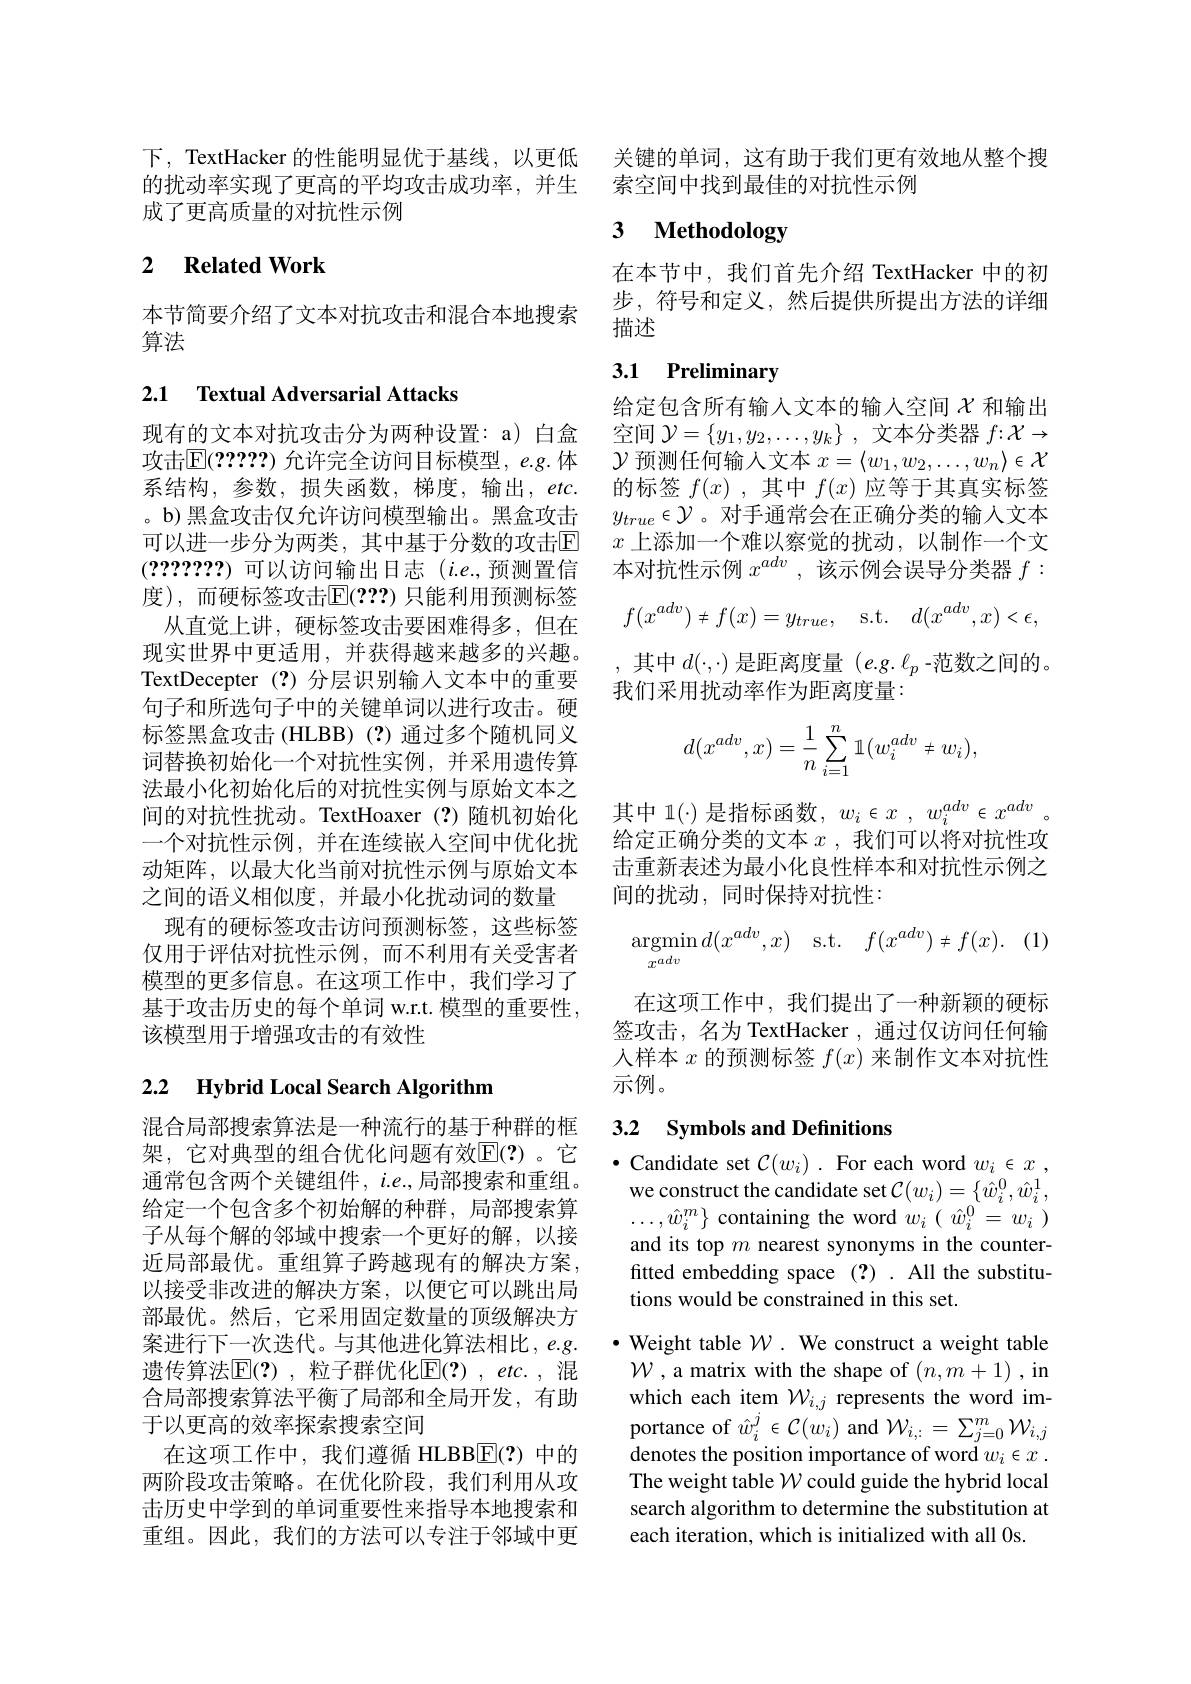
成了更高质量的对抗性示例

### 2 $\textbf{Related Work}$

本节简要介绍了文本对抗攻击和混合本地搜索
算法

## 2.1 Textual Adversarial Attacks

现有的文本对抗攻击分为两种设置：a) 白盒攻击$\mathbb{E}(2?????)$ 允许完全访问目标模型，e.g. 体系结构，参数，损失函数，梯度，输出，etc. 。b) 黑盒攻击仅允许访问模型输出。黑盒攻击可以进一步分为两类，其中基于分数的攻击$\mathbb{E}$ (???????) 可以访问输出日志 $(i.e.$,预测置信度),而硬标签攻击$\mathbb{E}(???)$ 只能利用预测标签
从直觉上讲，硬标签攻击要困难得多，但在现实世界中更适用，并获得越来越多的兴趣。TextDecepter(?)分层识别输入文本中的重要句子和所选句子中的关键单词以进行攻击。硬标签黑盒攻击 (HLBB) (?)通过多个随机同义词替换初始化一个对抗性实例，并采用遗传算法最小化初始化后的对抗性实例与原始文本之间的对抗性扰动。TextHoaxer(?)随机初始化一个对抗性示例，并在连续嵌入空间中优化扰动矩阵，以最大化当前对抗性示例与原始文本之间的语义相似度，并最小化扰动词的数量
现有的硬标签攻击访问预测标签，这些标签仅用于评估对抗性示例，而不利用有关受害者模型的更多信息。在这项工作中，我们学习了基于攻击历史的每个单词 w.r.t. 模型的重要性， 该模型用于增强攻击的有效性

# 2.2 Hybrid Local Search Algorithm

混合局部搜索算法是一种流行的基于种群的框架，它对典型的组合优化问题有效$\mathbb{E}(?)$。它通常包含两个关键组件，$i.e.$,局部搜索和重组。给定一个包含多个初始解的种群，局部搜索算子从每个解的邻域中搜索一个更好的解，以接近局部最优。重组算子跨越现有的解决方案， 以接受非改进的解决方案，以便它可以跳出局部最优。然后，它采用固定数量的顶级解决方案进行下一次迭代。与其他进化算法相比，e.g. 遗传算法E[(?),粒子群优化E$[ ( ? ) , etc. $,混合局部搜索算法平衡了局部和全局开发，有助于以更高的效率探索搜索空间
在这项工作中，我们遵循 HLBBE(?)中的两阶段攻击策略。在优化阶段，我们利用从攻击历史中学到的单词重要性来指导本地搜索和重组。因此，我们的方法可以专注于邻域中更

下，TextHacker 的性能明显优于基线，以更低 关键的单词，这有助于我们更有效地从整个搜
的扰动率实现了更高的平均攻击成功率，并生 索空间中找到最佳的对抗性示例

# 3 Methodology

在本节中，我们首先介绍 TextHacker 中的初步，符号和定义，然后提供所提出方法的详细描述

## 3.1 Preliminary

给定包含所有输人文本的输入空间$\chi$ 和输出空间$\mathcal{Y}=\left\{y_1,y_2,\ldots,y_k\right\}$,文本分类器$f{:}\mathcal{X}\to$ $\mathcal{Y}$预测任何输入文本$x=\langle w_1,w_2,\ldots,w_n\rangle\in\mathcal{X}$ 的标签$f(x)$ ,其中$f(x)$应等于其真实标签$y_{true}\in\mathcal{Y}$。对手通常会在正确分类的输入文本$x$上添加一个难以察觉的扰动，以制作一个文本对抗性示例$x^{adv}$,该示例会误导分类器$f:$
$$f(x^{adv})\neq f(x)=y_{true},\quad\mathrm{s.t.}\quad d(x^{adv},x)<\epsilon,$$
其中$d(\cdot,\cdot)$是距离度量$(e.g.\ell_p$ -范数之间的。
我们采用扰动率作为距离度量：
$$d(x^{adv},x)=\dfrac{1}{n}\sum_{i=1}^{n}\mathbb{1}(w_i^{adv}\neq w_i),$$
其中 1(·) 是指标函数，$w_i\in x$ , $w_i^{adv}\in x^{adv}$ 给定正确分类的文本$x$ ,我们可以将对抗性攻击重新表述为最小化良性样本和对抗性示例之间的扰动，同时保持对抗性：
$$\underset{x^{adv}}{\operatorname*{argmin}}d(x^{adv},x)\quad\mathrm{s.t.}\quad f(x^{adv})\neq f(x).$$
在这项工作中，我们提出了一种新颖的硬标签攻击，名为 TextHacker , 通过仅访问任何输人样本$x$的预测标签$f(x)$来制作文本对抗性示例。

## 3.2 Symbols and Definitions

$\bullet$ Candidate set $\mathcal{C}(w_i).$ For each word $w_i\in x$ ,
we construct the candidate set $\mathcal{C}(w_i)=\left\{\hat{w}_i^0,\hat{w}_i^1,\right.$ $\ldots,\hat{w}_{i}^{m}\}$ containing the word $w_i(\hat{w}_{i}^{0}=w_{i})$ and its top $m$ nearest synonyms in the counterfitted embedding space (?) . All the substitutions would be constrained in this set

$\cdot$ Weight table $\mathcal{W}.$ We construct a weight table $\mathcal{W}$ ,a matrix with the shape of $(n,m+1)$ , in which each item $\mathcal{W}_{i,j}$ represents the word importance of $\hat{w}_i^j\in\mathcal{C}(w_i)$ and $\mathcal W_i,:=\sum_{j=0}^m\mathcal{W}_{i,j}$ denotes the position importance of word $w_i\in x$ . The weight table $\mathcal{W}$ could guide the hybrid local search algorithm to determine the substitution at each iteration, which is initialized with all 0s.